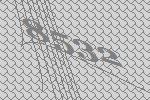
8532